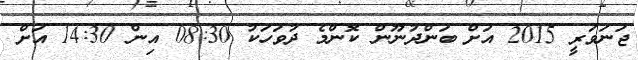
ޖަނަވަރީ 2015 އަށް ބަންދުނޫން ކޮންމެ ދުވަހަކު 08:30 އިން 14:30 އަށް